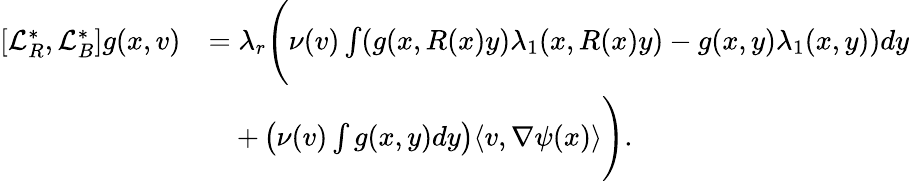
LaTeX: \begin{array}{rl}{[\mathcal{L}_{R}^{*},\mathcal{L}_{B}^{*}]g(x,v)}&{=\lambda_{r}\Bigg(\nu(v)\int(g(x,R(x)y)\lambda_{1}(x,R(x)y)-g(x,y)\lambda_{1}(x,y))dy}\\ &{\quad+\left(\nu(v)\int g(x,y)dy\right)\langle v,\nabla\psi(x)\rangle\Bigg).}\end{array}